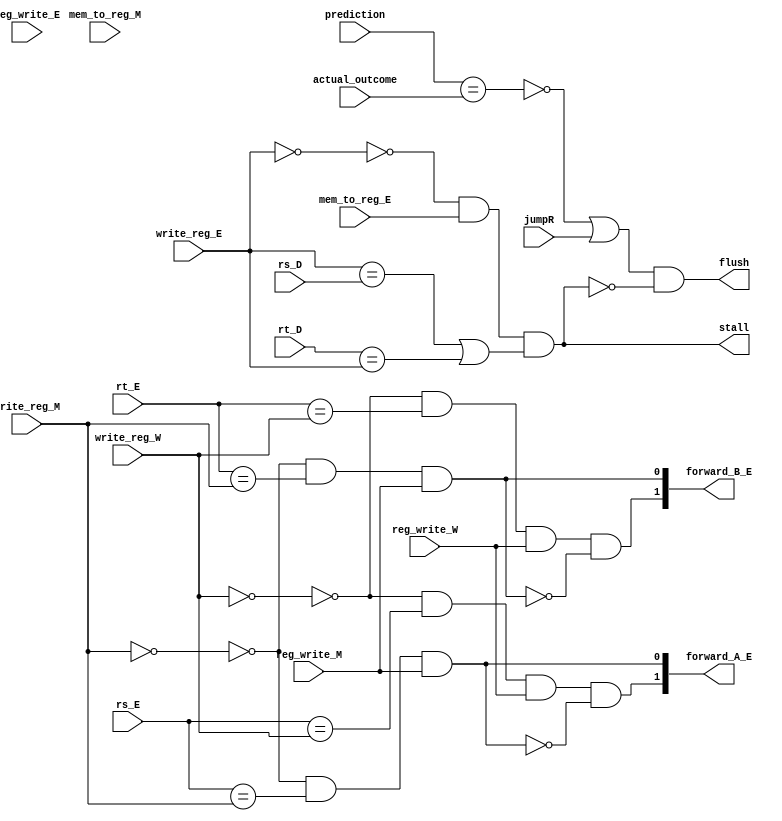
module HAZARD_CONTROL_UNIT 
(
	input prediction,
	input actual_outcome,
	input wire [4:0] rs_D,
	input wire [4:0] rt_D,
	input wire [4:0] rs_E,
	input wire [4:0] rt_E,
	input wire [4:0] write_reg_E,
	input wire mem_to_reg_E,
	input wire reg_write_E,
	input wire [4:0] write_reg_M,
	input wire mem_to_reg_M,
	input wire reg_write_M,
	input wire [4:0] write_reg_W,
	input wire reg_write_W,
	input wire jumpR,
	//input wire branch,
	
	output  stall,
	output  flush,
	output  [1:0] forward_A_E,
	output  [1:0] forward_B_E
	//output  forward_A_D,
	//output  forward_B_D
);


		
		assign stall = (~(write_reg_E == 5'b0)) & (mem_to_reg_E) & ((write_reg_E == rs_D)|(rt_D == write_reg_E)) ;
		assign flush = ((~(prediction==actual_outcome))|jumpR) & ~stall;
		
		assign forward_A_E [0] = (~(write_reg_M == 5'b0)) & (rs_E == write_reg_M) & (reg_write_M);
		assign forward_A_E [1] = (~(write_reg_W == 5'b0)) & (rs_E == write_reg_W) & (reg_write_W) & ~((~(write_reg_M == 5'b0)) & (rs_E == write_reg_M) & (reg_write_M));
		assign forward_B_E [0] = (~(write_reg_M == 5'b0)) & (rt_E == write_reg_M) & (reg_write_M);
		assign forward_B_E [1] = (~(write_reg_W == 5'b0)) & (rt_E == write_reg_W) & (reg_write_W) & ~((~(write_reg_M == 5'b0)) & (rt_E == write_reg_M) & (reg_write_M));
	
		//assign forward_A_D  = (~(write_reg_M == 5'b0)) & (rs_D == write_reg_M) & (reg_write_M) & (~mem_to_reg_M);
		//assign forward_B_D  = (~(write_reg_M == 5'b0)) & (rt_D == write_reg_M) & (reg_write_M) & (~mem_to_reg_M);

	

endmodule